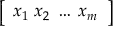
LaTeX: \left[ \begin{array} { l } { x _ { 1 } \; x _ { 2 } \; \dots \; x _ { m } } \end{array} \right]